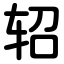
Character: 轺